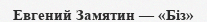
Евгений Замятин — «Біз»